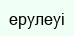
ерулеуі